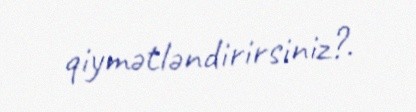
qiymətləndirirsiniz?.